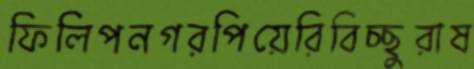
ফিলিপনগরপিয়েরিবিচ্ছুরাষ